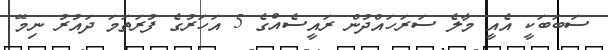
ސަބަބަކީ އެއީ މާލެ ސަރަހައްދުން ރައީސެއްގެ 5 އަހަރުގެ ފުރަތަމަ ދައުރު ނިމޭ